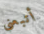
أتبعني